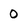
Character: 0